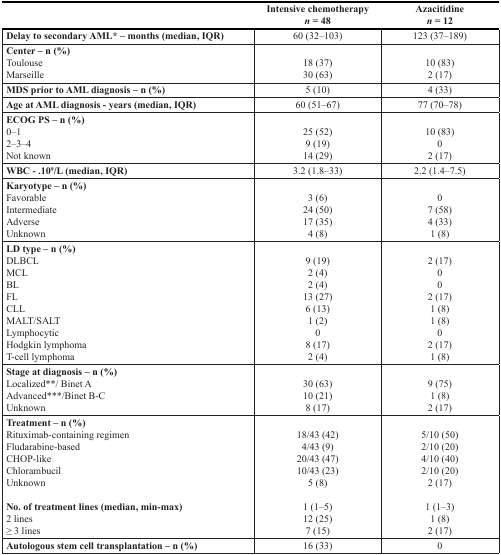
<table><thead><tr><td></td><td><b>Intensive chemotherapy <i>n</i> = 48</b></td><td><b>Azacitidine <i>n</i> = 12</b></td></tr></thead><tbody><tr><td><b>Delay to secondary AML* – months (median, IQR)</b></td><td>60 (32–103)</td><td>123 (37–189)</td></tr><tr><td><b>Center – n (%)</b></td><td></td><td></td></tr><tr><td>Toulouse</td><td>18 (37)</td><td>10 (83)</td></tr><tr><td>Marseille</td><td>30 (63)</td><td>2 (17)</td></tr><tr><td><b>MDS prior to AML diagnosis – n (%)</b></td><td>5 (10)</td><td>4 (33)</td></tr><tr><td><b>Age at AML diagnosis - years (median, IQR)</b></td><td>60 (51–67)</td><td>77 (70–78)</td></tr><tr><td><b>ECOG PS – n (%)</b></td><td></td><td></td></tr><tr><td>0–1</td><td>25 (52)</td><td>10 (83)</td></tr><tr><td>2–3–4</td><td>9 (19)</td><td>0</td></tr><tr><td>Not known</td><td>14 (29)</td><td>2 (17)</td></tr><tr><td><b>WBC - .10<sup>9</sup>/L (median, IQR)</b></td><td>3.2 (1.8–33)</td><td>2.2 (1.4–7.5)</td></tr><tr><td><b>Karyotype – n (%)</b></td><td></td><td></td></tr><tr><td>Favorable</td><td>3 (6)</td><td>0</td></tr><tr><td>Intermediate</td><td>24 (50)</td><td>7 (58)</td></tr><tr><td>Adverse</td><td>17 (35)</td><td>4 (33)</td></tr><tr><td>Unknown</td><td>4 (8)</td><td>1 (8)</td></tr><tr><td><b>LD type – n (%)</b></td><td></td><td></td></tr><tr><td>DLBCL</td><td>9 (19)</td><td>2 (17)</td></tr><tr><td>MCL</td><td>2 (4)</td><td>0</td></tr><tr><td>BL</td><td>2 (4)</td><td>0</td></tr><tr><td>FL</td><td>13 (27)</td><td>2 (17)</td></tr><tr><td>CLL</td><td>6 (13)</td><td>1 (8)</td></tr><tr><td>MALT/SALT</td><td>1 (2)</td><td>1 (8)</td></tr><tr><td>Lymphocytic</td><td>0</td><td>0</td></tr><tr><td>Hodgkin lymphoma</td><td>8 (17)</td><td>2 (17)</td></tr><tr><td>T-cell lymphoma</td><td>2 (4)</td><td>1 (8)</td></tr><tr><td><b>Stage at diagnosis – n (%)</b></td><td></td><td></td></tr><tr><td>Localized**/ Binet A</td><td>30 (63)</td><td>9 (75)</td></tr><tr><td>Advanced***/Binet B-C</td><td>10 (21)</td><td>1 (8)</td></tr><tr><td>Unknown</td><td>8 (17)</td><td>2 (17)</td></tr><tr><td><b>Treatment – n (%)</b></td><td></td><td></td></tr><tr><td>Rituximab-containing regimen</td><td>18/43 (42)</td><td>5/10 (50)</td></tr><tr><td>Fludarabine-based</td><td>4/43 (9)</td><td>2/10 (20)</td></tr><tr><td>CHOP-like</td><td>20/43 (47)</td><td>4/10 (40)</td></tr><tr><td>Chlorambucil</td><td>10/43 (23)</td><td>2/10 (20)</td></tr><tr><td>Unknown</td><td>5 (8)</td><td>2 (17)</td></tr><tr><td><b>No. of treatment lines (median, min-max)</b></td><td>1 (1–5)</td><td>1 (1–3)</td></tr><tr><td>2 lines</td><td>12 (25)</td><td>1 (8)</td></tr><tr><td>≥ 3 lines</td><td>7 (15)</td><td>2 (17)</td></tr><tr><td><b>Autologous stem cell transplantation – n (%)</b></td><td>16 (33)</td><td>0</td></tr></tbody></table>